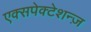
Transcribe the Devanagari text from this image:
एक्सपेक्टेशन्ज़